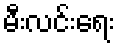
မီးလင်းရေး